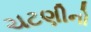
ચટણીનો